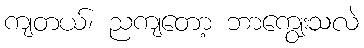
ကျတယ်၊ ညကျတော့ ဘာကျွေးသလဲ